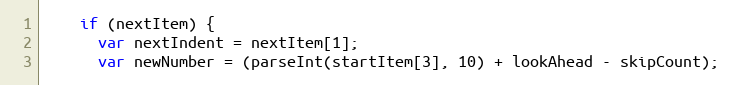
Language: JavaScript
    if (nextItem) {
      var nextIndent = nextItem[1];
      var newNumber = (parseInt(startItem[3], 10) + lookAhead - skipCount);